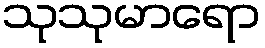
သုသုမာရော